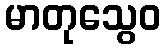
မာတုသွေဝ